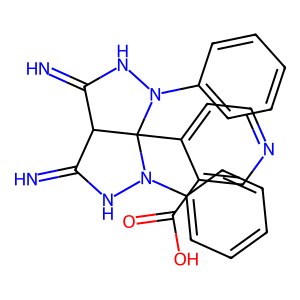
SMILES: N=C1NN(c2ccccc2)C2(c3ccncc3C(=O)O)C1C(=N)NN2c1ccccc1
Inhibits HIV replication: No